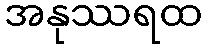
အနုဿရထ